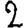
Digit: 2